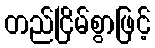
တည်ငြိမ်စွာဖြင့်